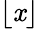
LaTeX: \lfloor\mathit{x}\rfloor